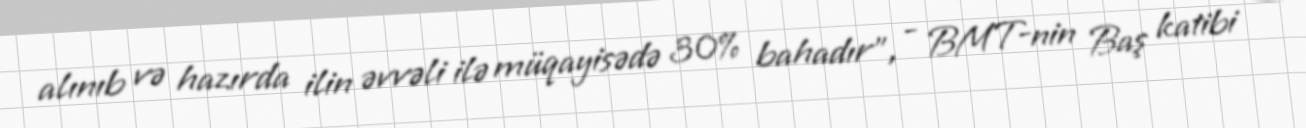
alınıb və hazırda ilin əvvəli ilə müqayisədə 30% bahadır”, - BMT-nin Baş katibi